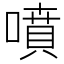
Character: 噴